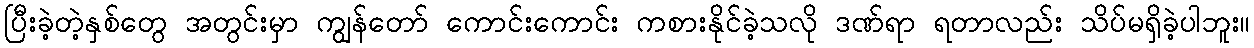
ပြီးခဲ့တဲ့နှစ်တွေ အတွင်းမှာ ကျွန်တော် ကောင်းကောင်း ကစားနိုင်ခဲ့သလို ဒဏ်ရာ ရတာလည်း သိပ်မရှိခဲ့ပါဘူး။